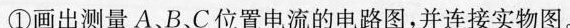
①画出测量A、B、C位置电流的电路图，并连接实物图。